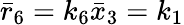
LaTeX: \bar{r}_{6}=k_{6}\bar{x}_{3}=k_{1}